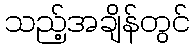
သည့်အချိန်တွင်